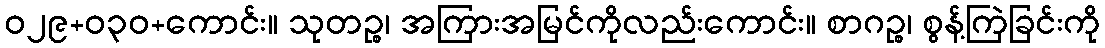
ဝ၂၉+၀၃ဝ+ကောင်း။ သုတဉ္စ၊ အကြားအမြင်ကိုလည်းကောင်း။ စာဂဉ္စ၊ စွန့်ကြဲခြင်းကို